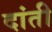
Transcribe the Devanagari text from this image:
दांती